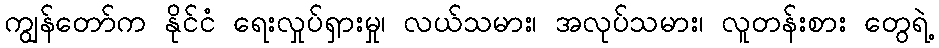
ကျွန်တော်က နိုင်ငံ ရေးလှုပ်ရှားမှု၊ လယ်သမား၊ အလုပ်သမား၊ လူတန်းစား တွေရဲ့